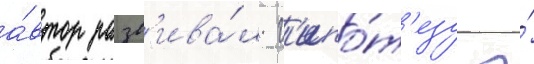
а́втор разв'ива́л г'ипо́т'езу о́